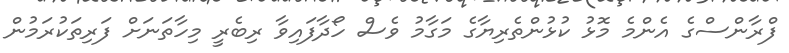
ފްރާންސްގެ އެންމެ މޮޅު ކުޅުންތެރިޔާގެ މަގާމު ވެސް ހޯދާފައިވާ ރިބެރީ މިހާތަނަށް ފަރިތަކުރަމުން